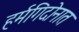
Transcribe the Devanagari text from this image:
हर्मगिदोनात